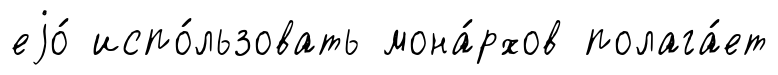
еjо́ испо́льзовать мона́рхов полага́ет